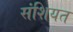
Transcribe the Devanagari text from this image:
संशियत